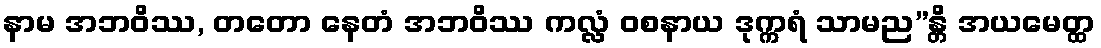
နာမ အဘဝိဿ, တတော နေတံ အဘဝိဿ ကလ္လံ ဝစနာယ ဒုက္ကရံ သာမည”န္တိ အယမေတ္ထ